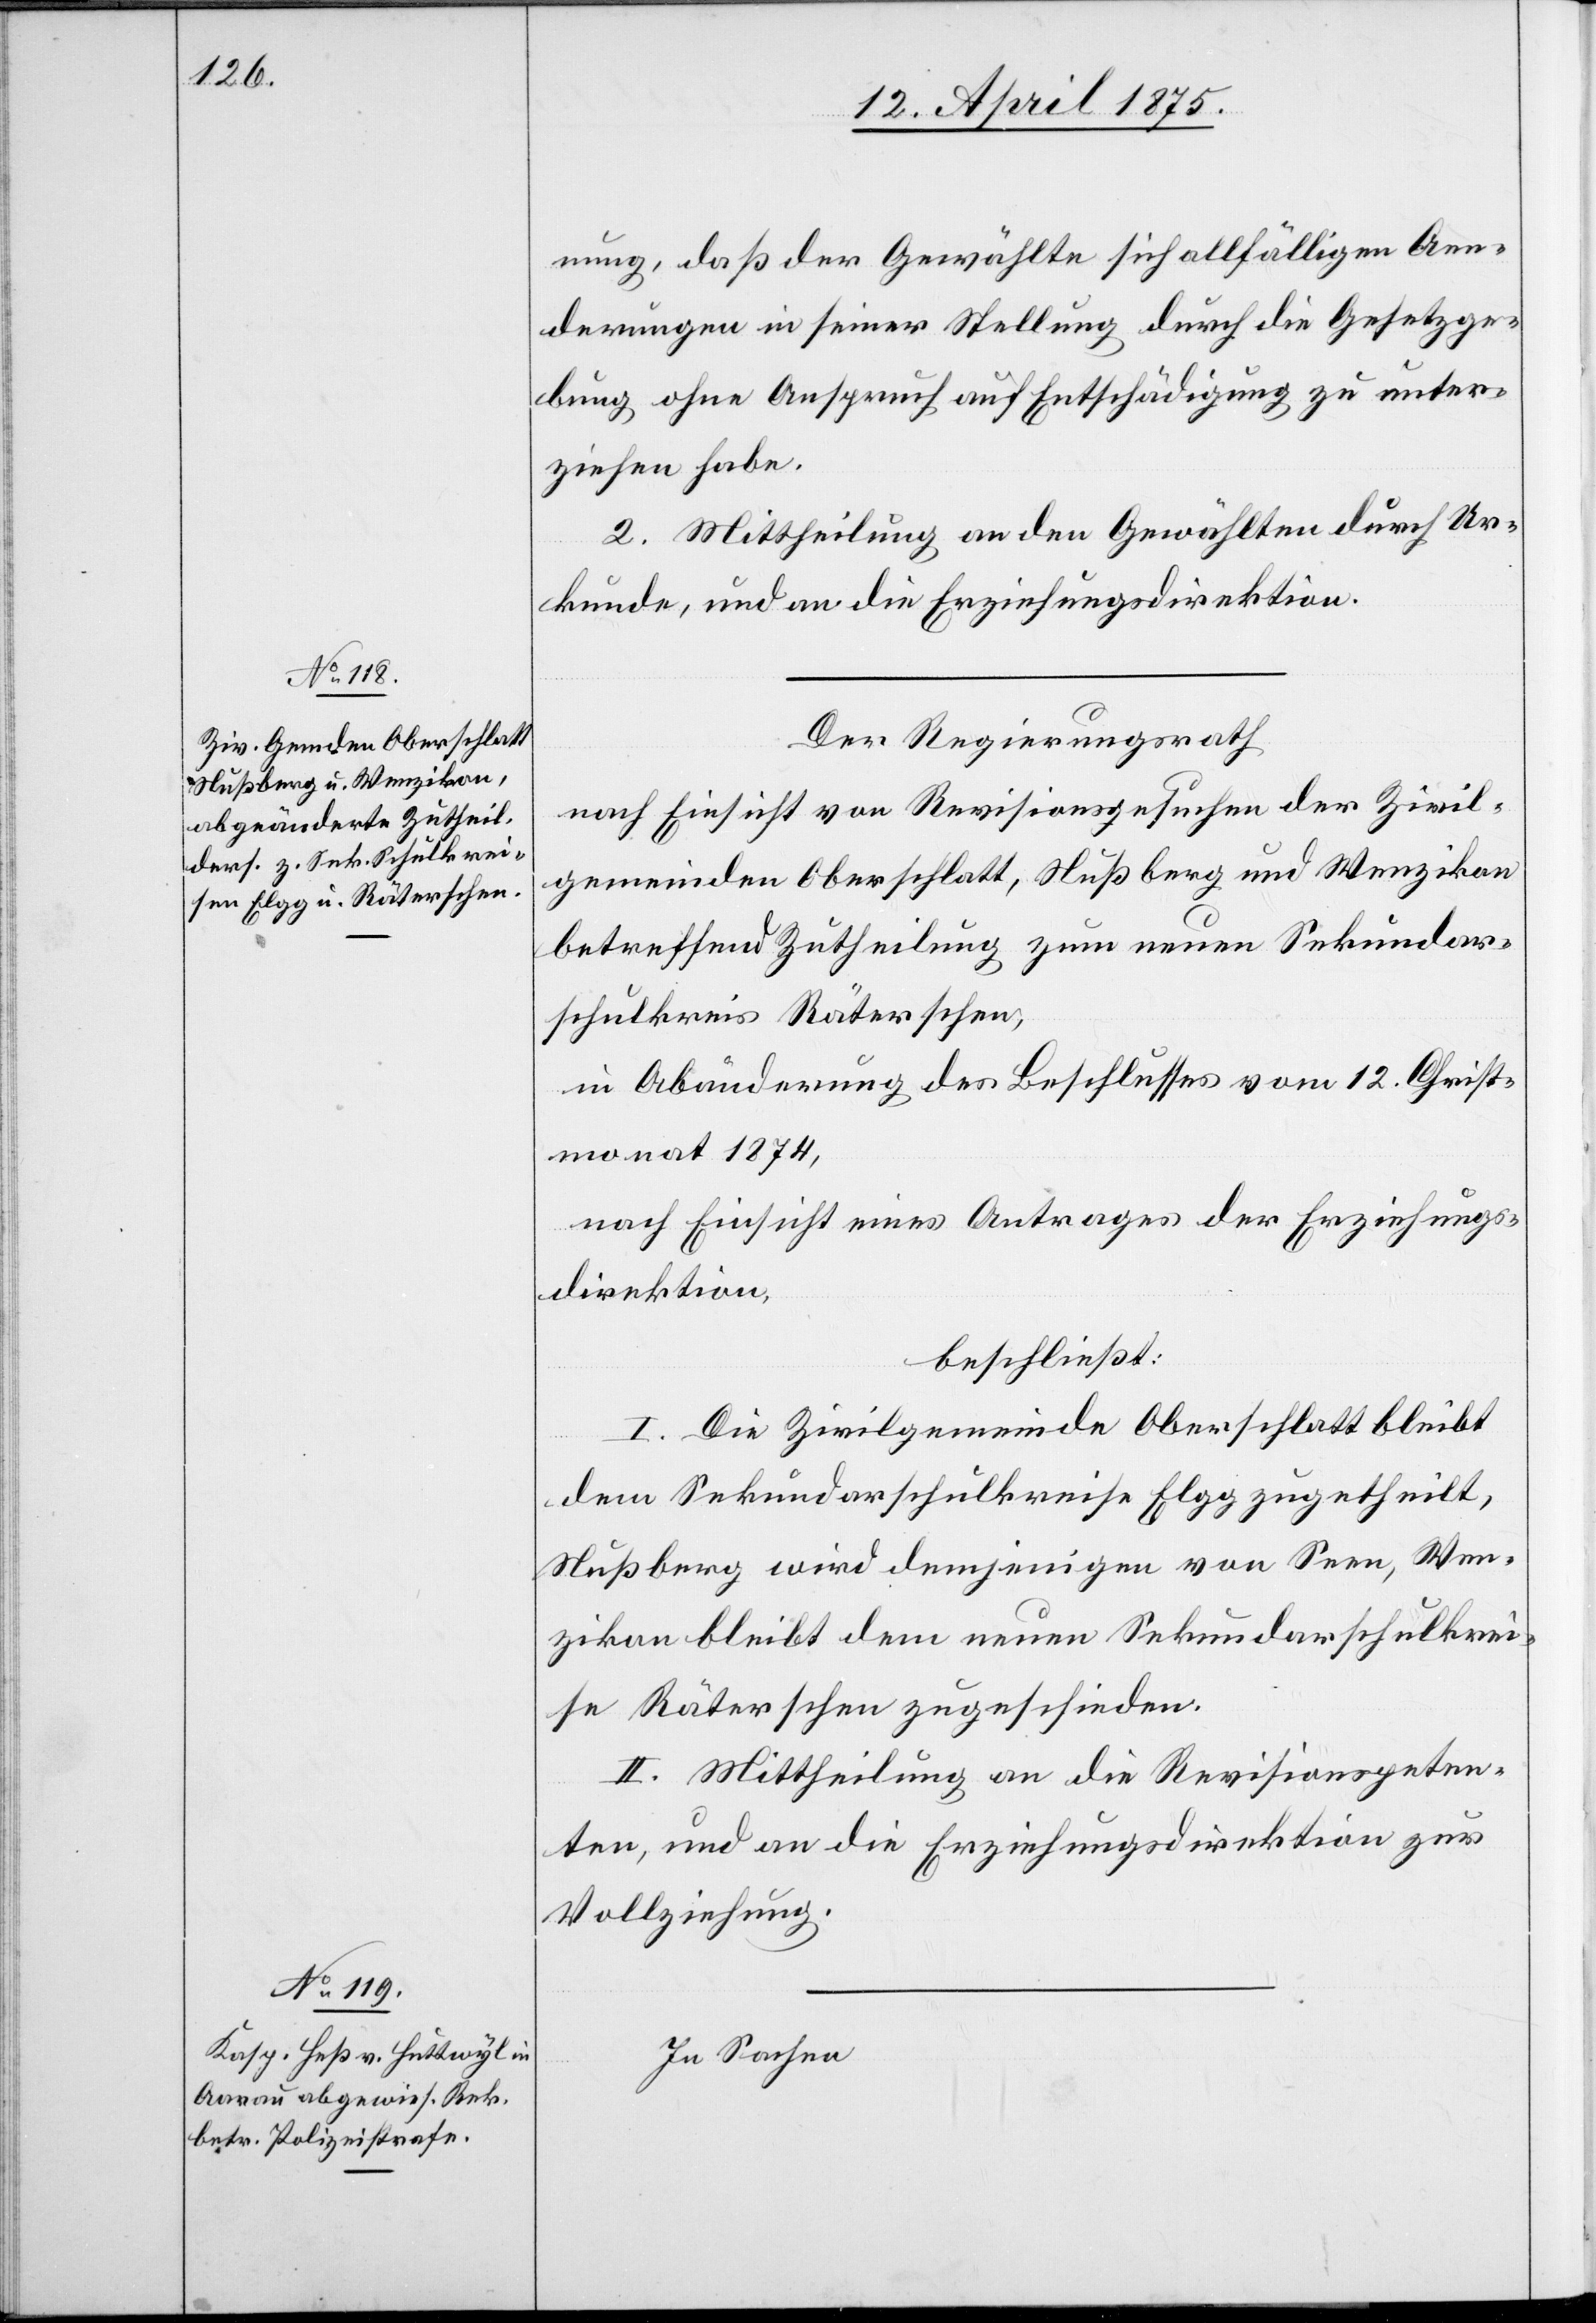
nung, daß der Gewählte sich allfälligen Aen¬
derungen in seiner Stellung durch die Gesetzge¬
bung ohne Anspruch auf Entschädigung zu unter¬
ziehen habe.
2. Mittheilung an den Gewählten durch Ur¬
kunde, und an die Erziehungsdirektion.
Der Regierungsrath
nach Einsicht von Revisionsgesuchen der Zivil¬
gemeinden Oberschlatt, Nußberg und Wenzikon
betreffend Zutheilung zum neuen Sekundar¬
schulkreis Räterschen,
in Abänderung des Beschlußes vom 12. Christ¬
monat 1874,
nach Einsicht eines Antrages der Erziehungs¬
direktion,
beschließt:
I. Die Zivilgemeinde Oberschlatt bleibt
dem Sekundarschulkreise Elgg zugetheilt,
Nußberg wird demjenigen von Seen, Wen¬
zikon bleibt dem neuen Sekundarschulkrei¬
se Räterschen zugeschieden.
II. Mittheilung an die Revisionspeten¬
ten, und an die Erziehungsdirektion zur
Vollziehung.
In Sachen